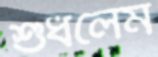
শুধলেম